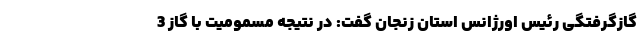
گازگرفتگی رئیس اورژانس استان زنجان گفت: در نتیجه مسمومیت با گاز 3